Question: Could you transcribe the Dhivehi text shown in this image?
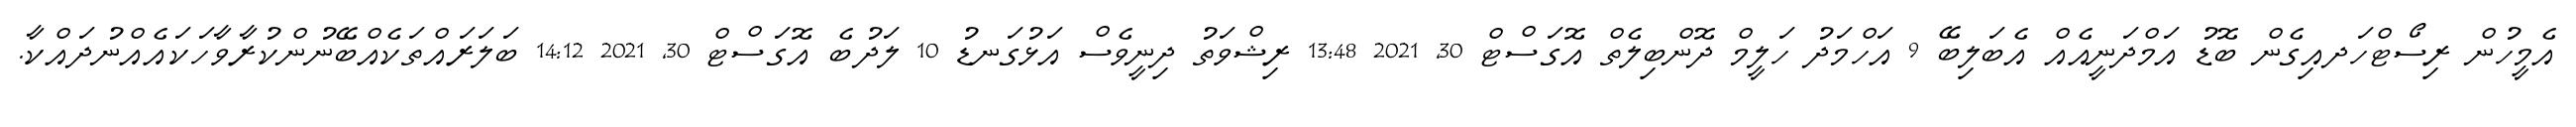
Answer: އެމީހުން ރިސޯޓްހަދއިގެން ބޮޑު އަމްދަނީއެއް އެބަލިބޭ 9 އަހްމަދު ހަލީމް ދޮންބިލެތް އޮގަސްޓް 30, 2021 13:48 ރިޝްވަތު ދިނީވެސް އަޅުގަނޑު 10 ލަދުބެ އޮގަސްޓް 30, 2021 14:12 ބަލަރައްތަކެއްބޭނުންކުރާވާހަކައެއްނުދައްކާ.